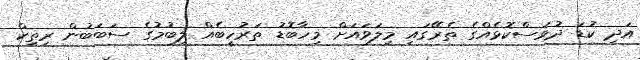
އަދި ކުޑަ ދުވަސްކޮޅެއްގެ ތެރޭގައި މިލަވައަށް މިހާބޮޑު ތަރުހީބެއް ލިބުމުގެ ސަބަބުން ރިތިކް